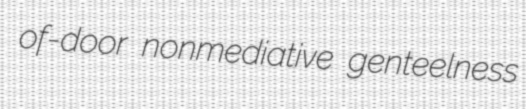
of-door nonmediative genteelness